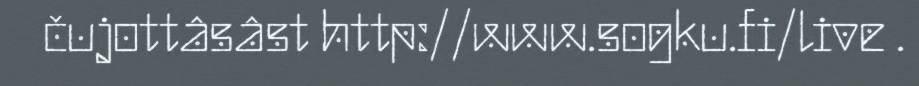
čujottâsâst http://www.sogku.fi/live .